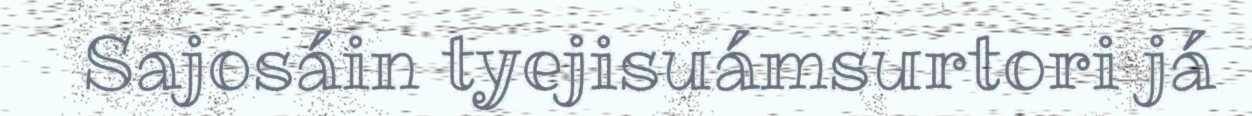
Sajosáin tyejisuámsurtori já